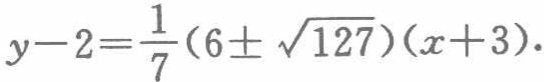
\(y - 2=\frac{1}{7}(6\pm\sqrt{127})(x + 3)\)